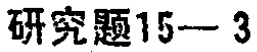
研究题15—3